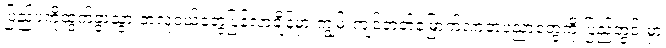
ပြည်ပကိုထွက်ခွာသွားတဲ့လူငယ်တွေပြန်လာချိန်မှာ ကျွမ်းကျင်တတ်မြောက်လာတဲ့ပညာတွေကို ပြည်တွင်းမှာ